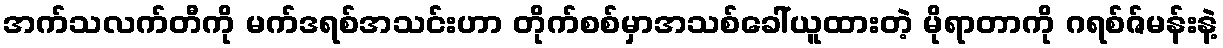
အက်သလက်တီကို မက်ဒရစ်အသင်းဟာ တိုက်စစ်မှာအသစ်ခေါ်ယူထားတဲ့ မိုရာတာကို ဂရစ်ဇ်မန်းနဲ့